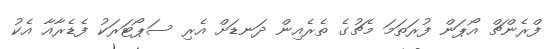
ފްރެންޗް އޯޕަން ފުރަތަމަ މެޗުގެ ތެރެއިން ދަނޑަށް އެރި ސަޕޯޓަރަކު ފެޑެރާއާ އެކު